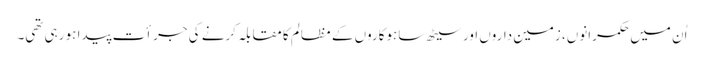
اُن میں حکمرانوں، زمین داروں اور سیٹھ ساہوکاروں کے مظالم کا مقابلہ کرنے کی جرأت پیدا ہو رہی تھی۔